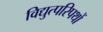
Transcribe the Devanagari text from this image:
विद्युत्परिपथों